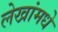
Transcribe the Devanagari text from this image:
लेखांमधे